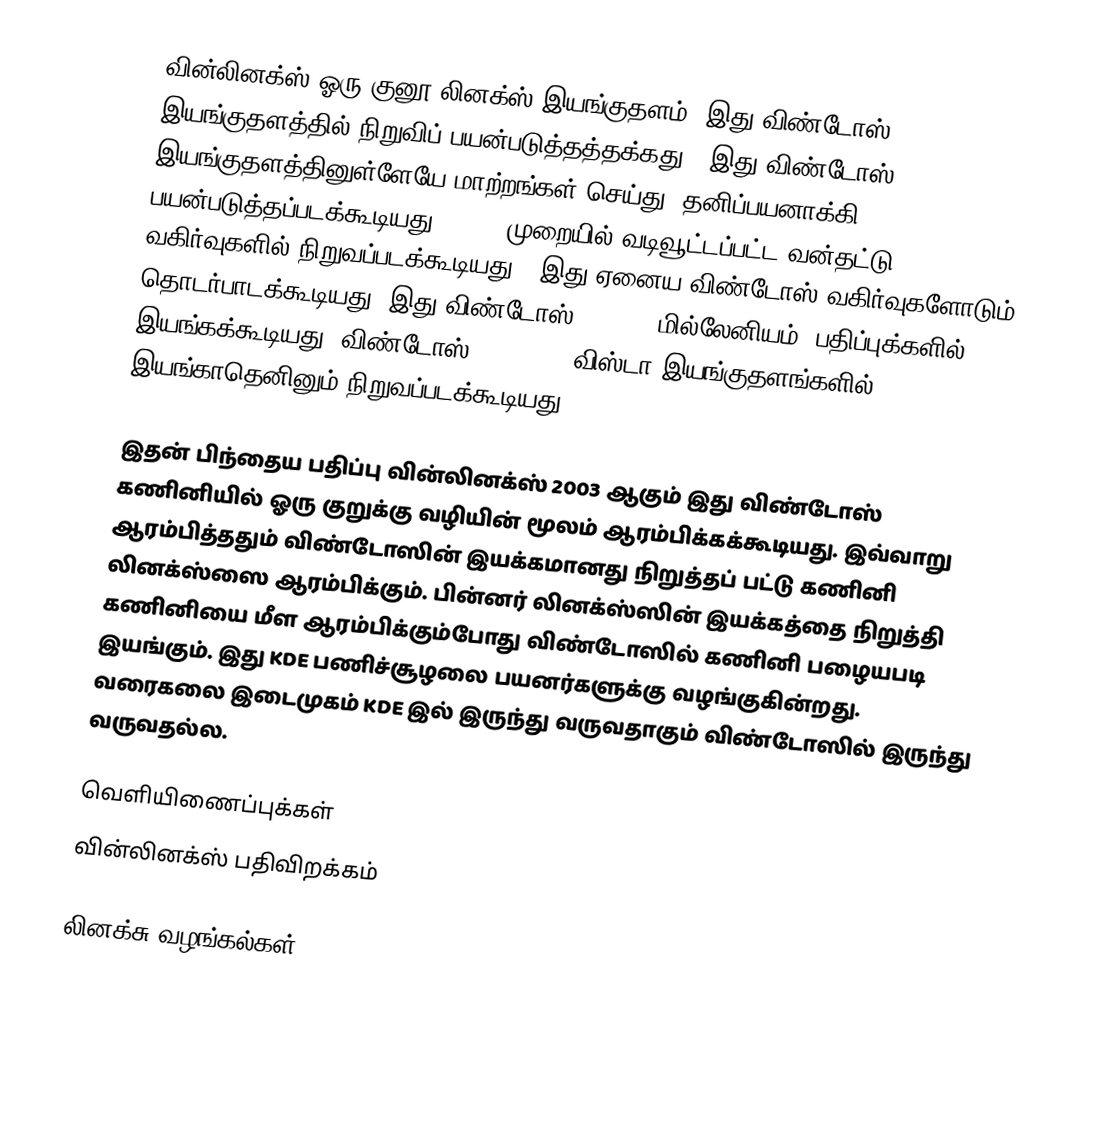
வின்லினக்ஸ் ஓரு குனூ/லினக்ஸ் இயங்குதளம். இது விண்டோஸ் இயங்குதளத்தில் நிறுவிப் பயன்படுத்தத்தக்கது.. இது விண்டோஸ் இயங்குதளத்தினுள்ளேயே மாற்றங்கள் செய்து, தனிப்பயனாக்கி பயன்படுத்தப்படக்கூடியது. FAT32 முறையில் வடிவூட்டப்பட்ட வன்தட்டு வகிர்வுகளில் நிறுவப்படக்கூடியது . இது ஏனைய விண்டோஸ் வகிர்வுகளோடும் தொடர்பாடக்கூடியது. இது விண்டோஸ் 95, 98, மில்லேனியம், பதிப்புக்களில் இயங்கக்கூடியது. விண்டோஸ் 2000, XP, விஸ்டா இயங்குதளங்களில் இயங்காதெனினும் நிறுவப்படக்கூடியது.

இதன் பிந்தைய பதிப்பு வின்லினக்ஸ் 2003 ஆகும் இது விண்டோஸ் கணினியில் ஓரு குறுக்கு வழியின் மூலம் ஆரம்பிக்கக்கூடியது. இவ்வாறு ஆரம்பித்ததும் விண்டோஸின் இயக்கமானது நிறுத்தப் பட்டு கணினி லினக்ஸ்ஸை ஆரம்பிக்கும். பின்னர் லினக்ஸ்ஸின் இயக்கத்தை நிறுத்தி கணினியை மீள ஆரம்பிக்கும்போது விண்டோஸில் கணினி பழையபடி இயங்கும். இது KDE பணிச்சூழலை பயனர்களுக்கு வழங்குகின்றது. வரைகலை இடைமுகம் KDE இல் இருந்து வருவதாகும் விண்டோஸில் இருந்து வருவதல்ல.

வெளியிணைப்புக்கள்
வின்லினக்ஸ் பதிவிறக்கம்

லினக்சு வழங்கல்கள்